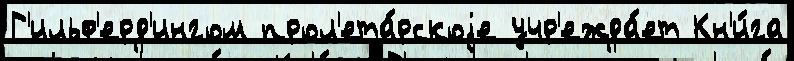
Г'ильф'ерд'ингом прол'ета́рскоjе учр'ежда́ет Кн'и́га